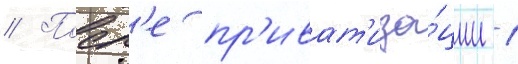
// Посл'е пр'иват'иза́ции 1